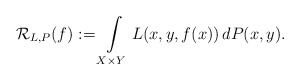
\begin{align*}\mathcal R_{L, P} (f) := \int\limits_{X \times Y} L(x, y, f(x)) \, d P(x, y).\end{align*}